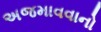
અજમાવવાનો